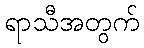
ရာသီအတွက်